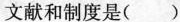
文献和制度是（ ）